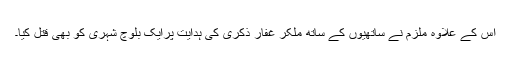
اس کے علاوہ ملزم نے ساتھیوں کے ساتھ مِلکر غفار ذکری کی ہدایت پرایک بلوچ شہری کو بھی قتل کیا۔